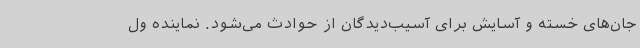
جان‌های خسته و آسایش برای آسیب‌دیدگان از حوادث می‌شود. نماینده ول